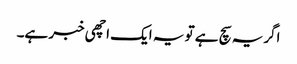
اگریہ سچ ہے تو یہ ایک اچھی خبر ہے۔